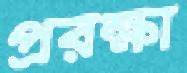
প্ররক্ষা